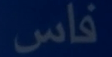
فاس